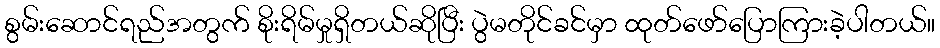
စွမ်းဆောင်ရည်အတွက် စိုးရိမ်မှုရှိတယ်ဆိုပြီး ပွဲမတိုင်ခင်မှာ ထုတ်ဖော်ပြောကြားခဲ့ပါတယ်။